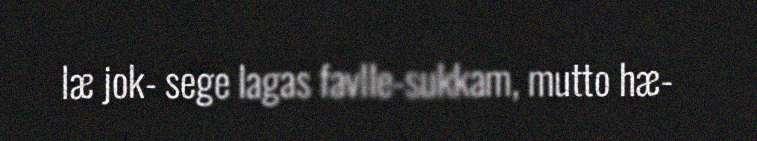
læ jok- sege lagas favlle-sukkam, mutto hæ-